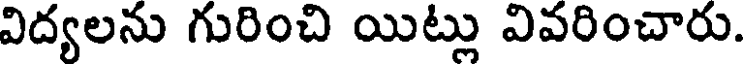
విద్యలను గురించి యిట్లు వివరించారు.